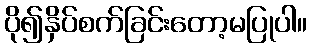
ပို၍နှိပ်စက်ခြင်းတော့မပြုပါ။